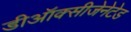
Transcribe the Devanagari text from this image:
डीऑक्सीजेनेटेड